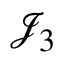
\mathcal { J } _ { 3 }